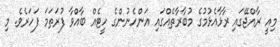
މިއީ ރާއްޖޭގައި ރާޅާއެޅުމުގެ މުބާރާތެއްގައި އަންހެނުންގެ ހީޓެއް ބާއްވާ ފުރަތަމަ ފަހަރެވެ. މި